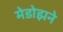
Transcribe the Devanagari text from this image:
मेडोझने